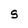
Character: S